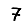
Digit: 7